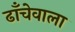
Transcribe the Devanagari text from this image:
ढाँचेवाला